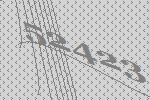
52423